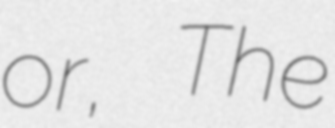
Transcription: or, The